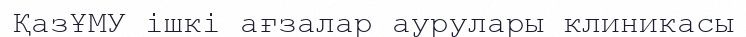
ҚазҰМУ ішкі ағзалар аурулары клиникасы